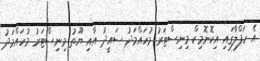
އެ ހަފްލާގައި އިކޮނޮމިކް މިނިސްޓަރު މުހައްމަދު ސައީދު އާއި ޔޫތު މިނިސްޓަރު މުހައްމަދު